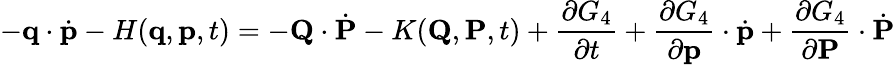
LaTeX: -\mathbf{q}\cdot{\dot{\mathbf{p}}}-H(\mathbf{q},\mathbf{p},t)=-\mathbf{Q}\cdot{\dot{\mathbf{P}}}-K(\mathbf{Q},\mathbf{P},t)+{\frac{\partial G_{4}}{\partial t}}+{\frac{\partial G_{4}}{\partial\mathbf{p}}}\cdot{\dot{\mathbf{p}}}+{\frac{\partial G_{4}}{\partial\mathbf{P}}}\cdot{\dot{\mathbf{P}}}